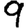
Digit: 9